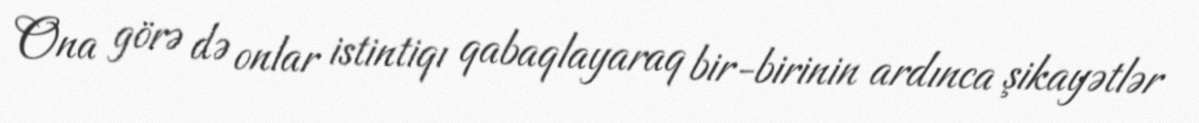
Ona görə də onlar istintiqı qabaqlayaraq bir-birinin ardınca şikayətlər